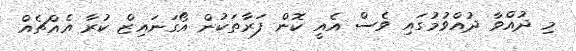
މި ދުއްވާ ދުއްވުމުގައި ވެސް އެއީ ކޮން ފަރާތަކުން އޯގަނައިޒް ކުރާ އެއްޗެއް